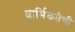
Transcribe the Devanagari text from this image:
धार्मिकतेची